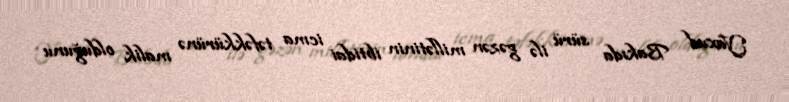
Yaxud Bakıda sürü ilə gəzən millətinin ibtidai icma təfəkkürünə malik olduğunu